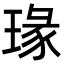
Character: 瑑